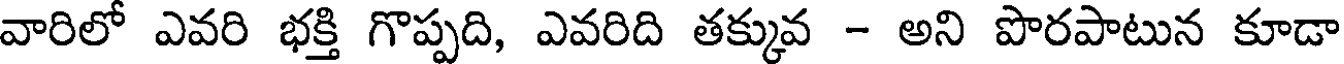
వారిలో ఎవరి భక్తి గొప్పది, ఎవరిది తక్కువ - అని పొరపాటున కూడా